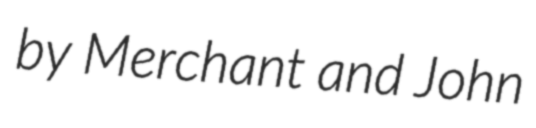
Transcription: by Merchant and John